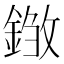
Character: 𨨽